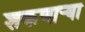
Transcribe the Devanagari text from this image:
शकणार्‍या